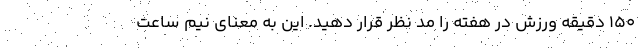
150 دقیقه ورزش در هفته را مد نظر قرار دهید. این به معنای نیم ساعت